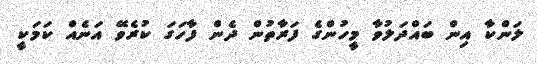
ލަންކާ އިން ބައްދަލުވާ މީހުންގެ ފަރާތުން ދެން ފާހަގަ ކުރެވޭ އަނެއް ކަމަކީ